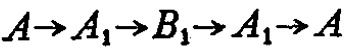
$A\rightarrow A_{1}\rightarrow B_{1}\rightarrow A_{1}\rightarrow A$